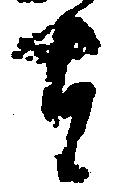
者